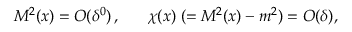
M ^ { 2 } ( x ) = O ( \delta ^ { 0 } ) \, , \; \; \; \; \; \; \chi ( x ) \; ( = M ^ { 2 } ( x ) - m ^ { 2 } ) = O ( \delta ) ,